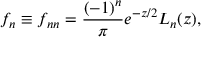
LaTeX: f _ { n } \equiv f _ { n n } = \frac { ( - 1 ) ^ { n } } { \pi } e ^ { - z / 2 } L _ { n } ( z ) ,